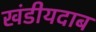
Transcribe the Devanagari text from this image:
खंडीयदाब